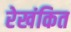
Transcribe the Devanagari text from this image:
रेखंकित